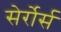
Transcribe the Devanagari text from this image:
सेर्रोर्स